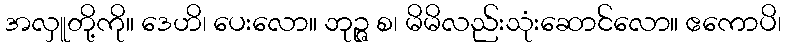
အလှူတို့ကို။ ဒေဟိ၊ ပေးလော။ ဘုဉ္ဇ စ၊ မိမိလည်းသုံးဆောင်လော။ ဧကောပိ၊